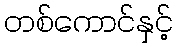
တစ်ကောင်နှင့်